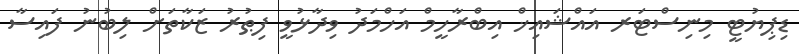
ޑިޕިޔުޓީ މިނިސްޓަރ އައްޝައިޚް އިބްރާހީމް އަހްމަދު ވިދާޅުވީ ފިޠުރު ޒަކާތަށް ލިބުނު ފައިސާ